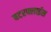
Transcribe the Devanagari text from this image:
बटरफ्लाईस